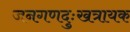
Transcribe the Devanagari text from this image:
जनगणदुःखत्रायक